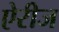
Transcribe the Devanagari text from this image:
ऐरीज